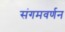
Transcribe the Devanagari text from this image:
संगमवर्णन